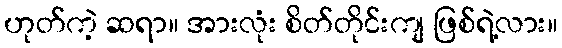
ဟုတ်ကဲ့ ဆရာ။ အားလုံး စိတ်တိုင်းကျ ဖြစ်ရဲ့လား။